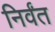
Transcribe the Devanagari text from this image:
निर्वंत